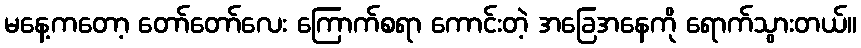
မနေ့ကတော့ တော်တော်လေး ကြောက်စရာ ကောင်းတဲ့ အခြေအနေကို ရောက်သွားတယ်။